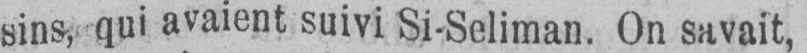
sins, qui avaient suivi Si-Seliman. On savait,